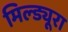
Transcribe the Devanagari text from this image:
मिल्ड्यूरा